Report on the working of the Ranchi Indian Mental Hospital, Kanke, in Bihar and Orissa - 1930-1940
Year: 1930
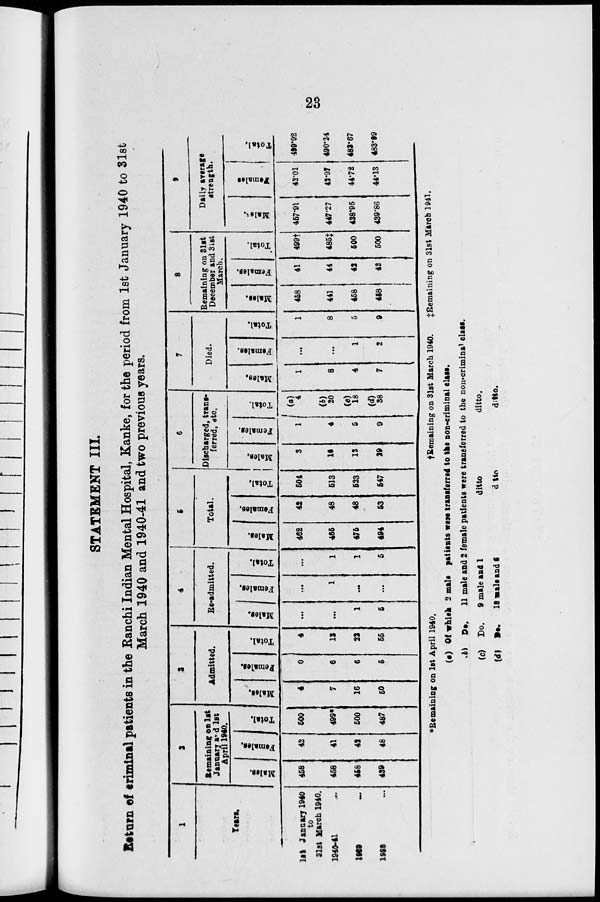
23
STATEMENT III.
Return of criminal patients in the Ranchi Indian Mental Hospital, Kanke, for the period from 1st January 1940 to 31st
March 1940 and 1940-41 and two previous years.
1
Years.
1st January 1940
to
31st March 1940.
1940-41 ...
1939
...
1938 ...
2
Remaining on 1st
January and 1st
April 1940.
Males.
458
458
458
439
Females.
42
41
42
48
Total.
500
499*
500
487
3
Admitted.
Males.
4
7
16
50
Females.
0
6
6
5
Total.
4
13
22
55
4
Re-admitted.
Males.
...
...
1
5
Females.
...
1
...
...
Total.
...
1
1
5
5
Total.
Males.
462
465
475
494
Females.
42
48
48
53
Total.
504
513
523
547
6
Discharged, trans-
ferred, etc.
Males.
3
16
13
29
Females.
1
4
5
9
Total.
(a)
4
(b)
20
(e)
18
(d)
38
7
Died.
Males.
1
8
4
7
Females.
...
...
1
2
Total.
1
8
5
9
8
Remaining on 31st
December and 31st
March.
Males.
458
441
458
458
Females.
41
44
42
42
Total.
499†
485‡
500
500
9
Daily average
strength.
Males.
457.91
447.27
438.95
439.86
Females.
42.01
42.97
44.72
44.13
Total.
499.92
490.24
483.67
483.99
*Remaining on 1st April 1940.
† Remaining on 31st March 1940.
‡Remaining on 31st March 1941.
(a) Of which 2 male patients were transferred to the non-criminal class.
(b) Do.
11 male and 2 female patients were transferred to the non-criminal class.
(c) Do.
9 male and 1
ditto
ditto.
(d)
Do. 18 male and 6
ditto
ditto.